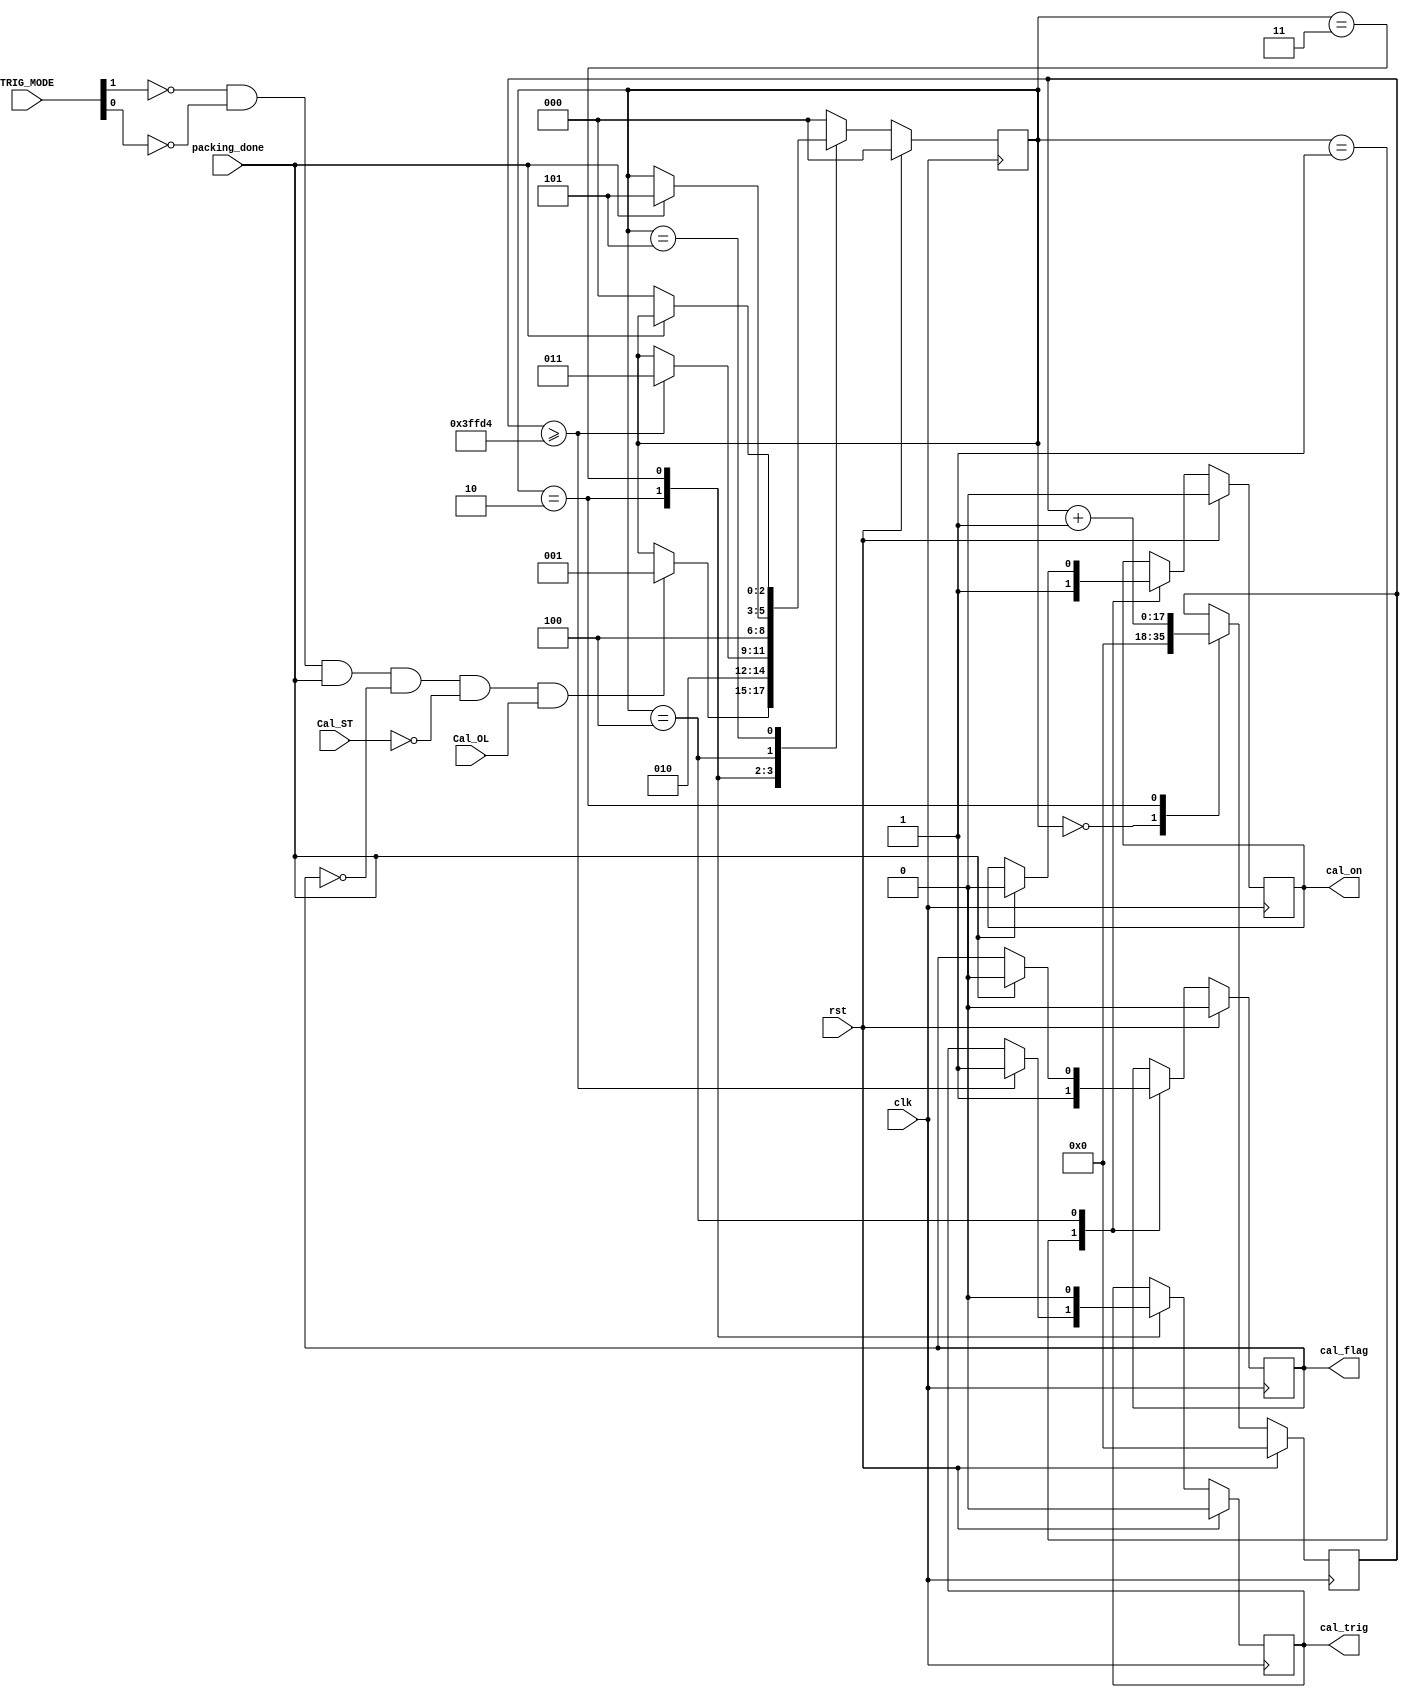
module cal_schedule(
   input [1:0] TRIG_MODE,
	input Cal_ST, //in Static Cal_mode,
   input Cal_OL, //in Online cal mode, 
	input clk, //10 MHz clock
	input rst,
	
	input packing_done, //this is one clk wide
	
	output cal_trig,  //one clk wide, 100 ns, this is ok!
	output cal_on,
	output cal_flag   //to mark the current event, asserted until poisiton_rdy

    );

parameter state_idle = 0;
parameter state_1 = 1;
parameter state_2 = 2;
parameter state_3 = 3;
parameter state_4 = 4;
parameter state_5 = 5;


reg [2:0] state;
reg [17:0] count; //wait 20 ms for SW to settle down

reg cal_trig, cal_flag, cal_on;
wire EX_TRIG_MODE   = (TRIG_MODE[1] == 0) && (TRIG_MODE[0] == 0);
 
always @(posedge clk)
begin
  if(rst)
    begin  state <= state_idle; cal_trig <= 0; cal_flag <= 0; cal_on <= 0; count <= 0; end
  else
      case(state)
        state_idle: 
				begin 
					count <= 0;
					if(EX_TRIG_MODE && packing_done && ~cal_flag && ~Cal_ST && Cal_OL) 
						state <= state_1;
			   end				
		  state_1: begin cal_flag <= 1; cal_on <= 1; state <= state_2; end
		  state_2: 
				begin
					count <= count + 1;
					if (count >= 18'd262100) begin cal_trig <= 1; state <= state_3; end
				end	
		  state_3: begin cal_trig <= 0; state <= state_4;end
		  state_4: if (packing_done) begin cal_flag <= 0; cal_on <= 0; state <= state_5; end
		  state_5: if (~packing_done) state <= state_idle; 
		  default: state <= state_idle;
		endcase 
end//always


endmodule